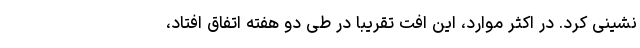
نشینی کرد. در اکثر موارد، این افت تقریباً در طی دو هفته اتفاق افتاد،